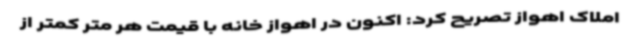
املاک اهواز تصریح کرد: اکنون در اهواز خانه با قیمت هر متر کمتر از